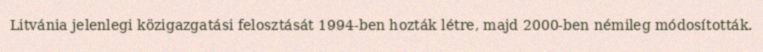
Litvánia jelenlegi közigazgatási felosztását 1994-ben hozták létre, majd 2000-ben némileg módosították.